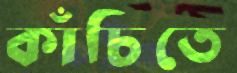
কাঁচিতে